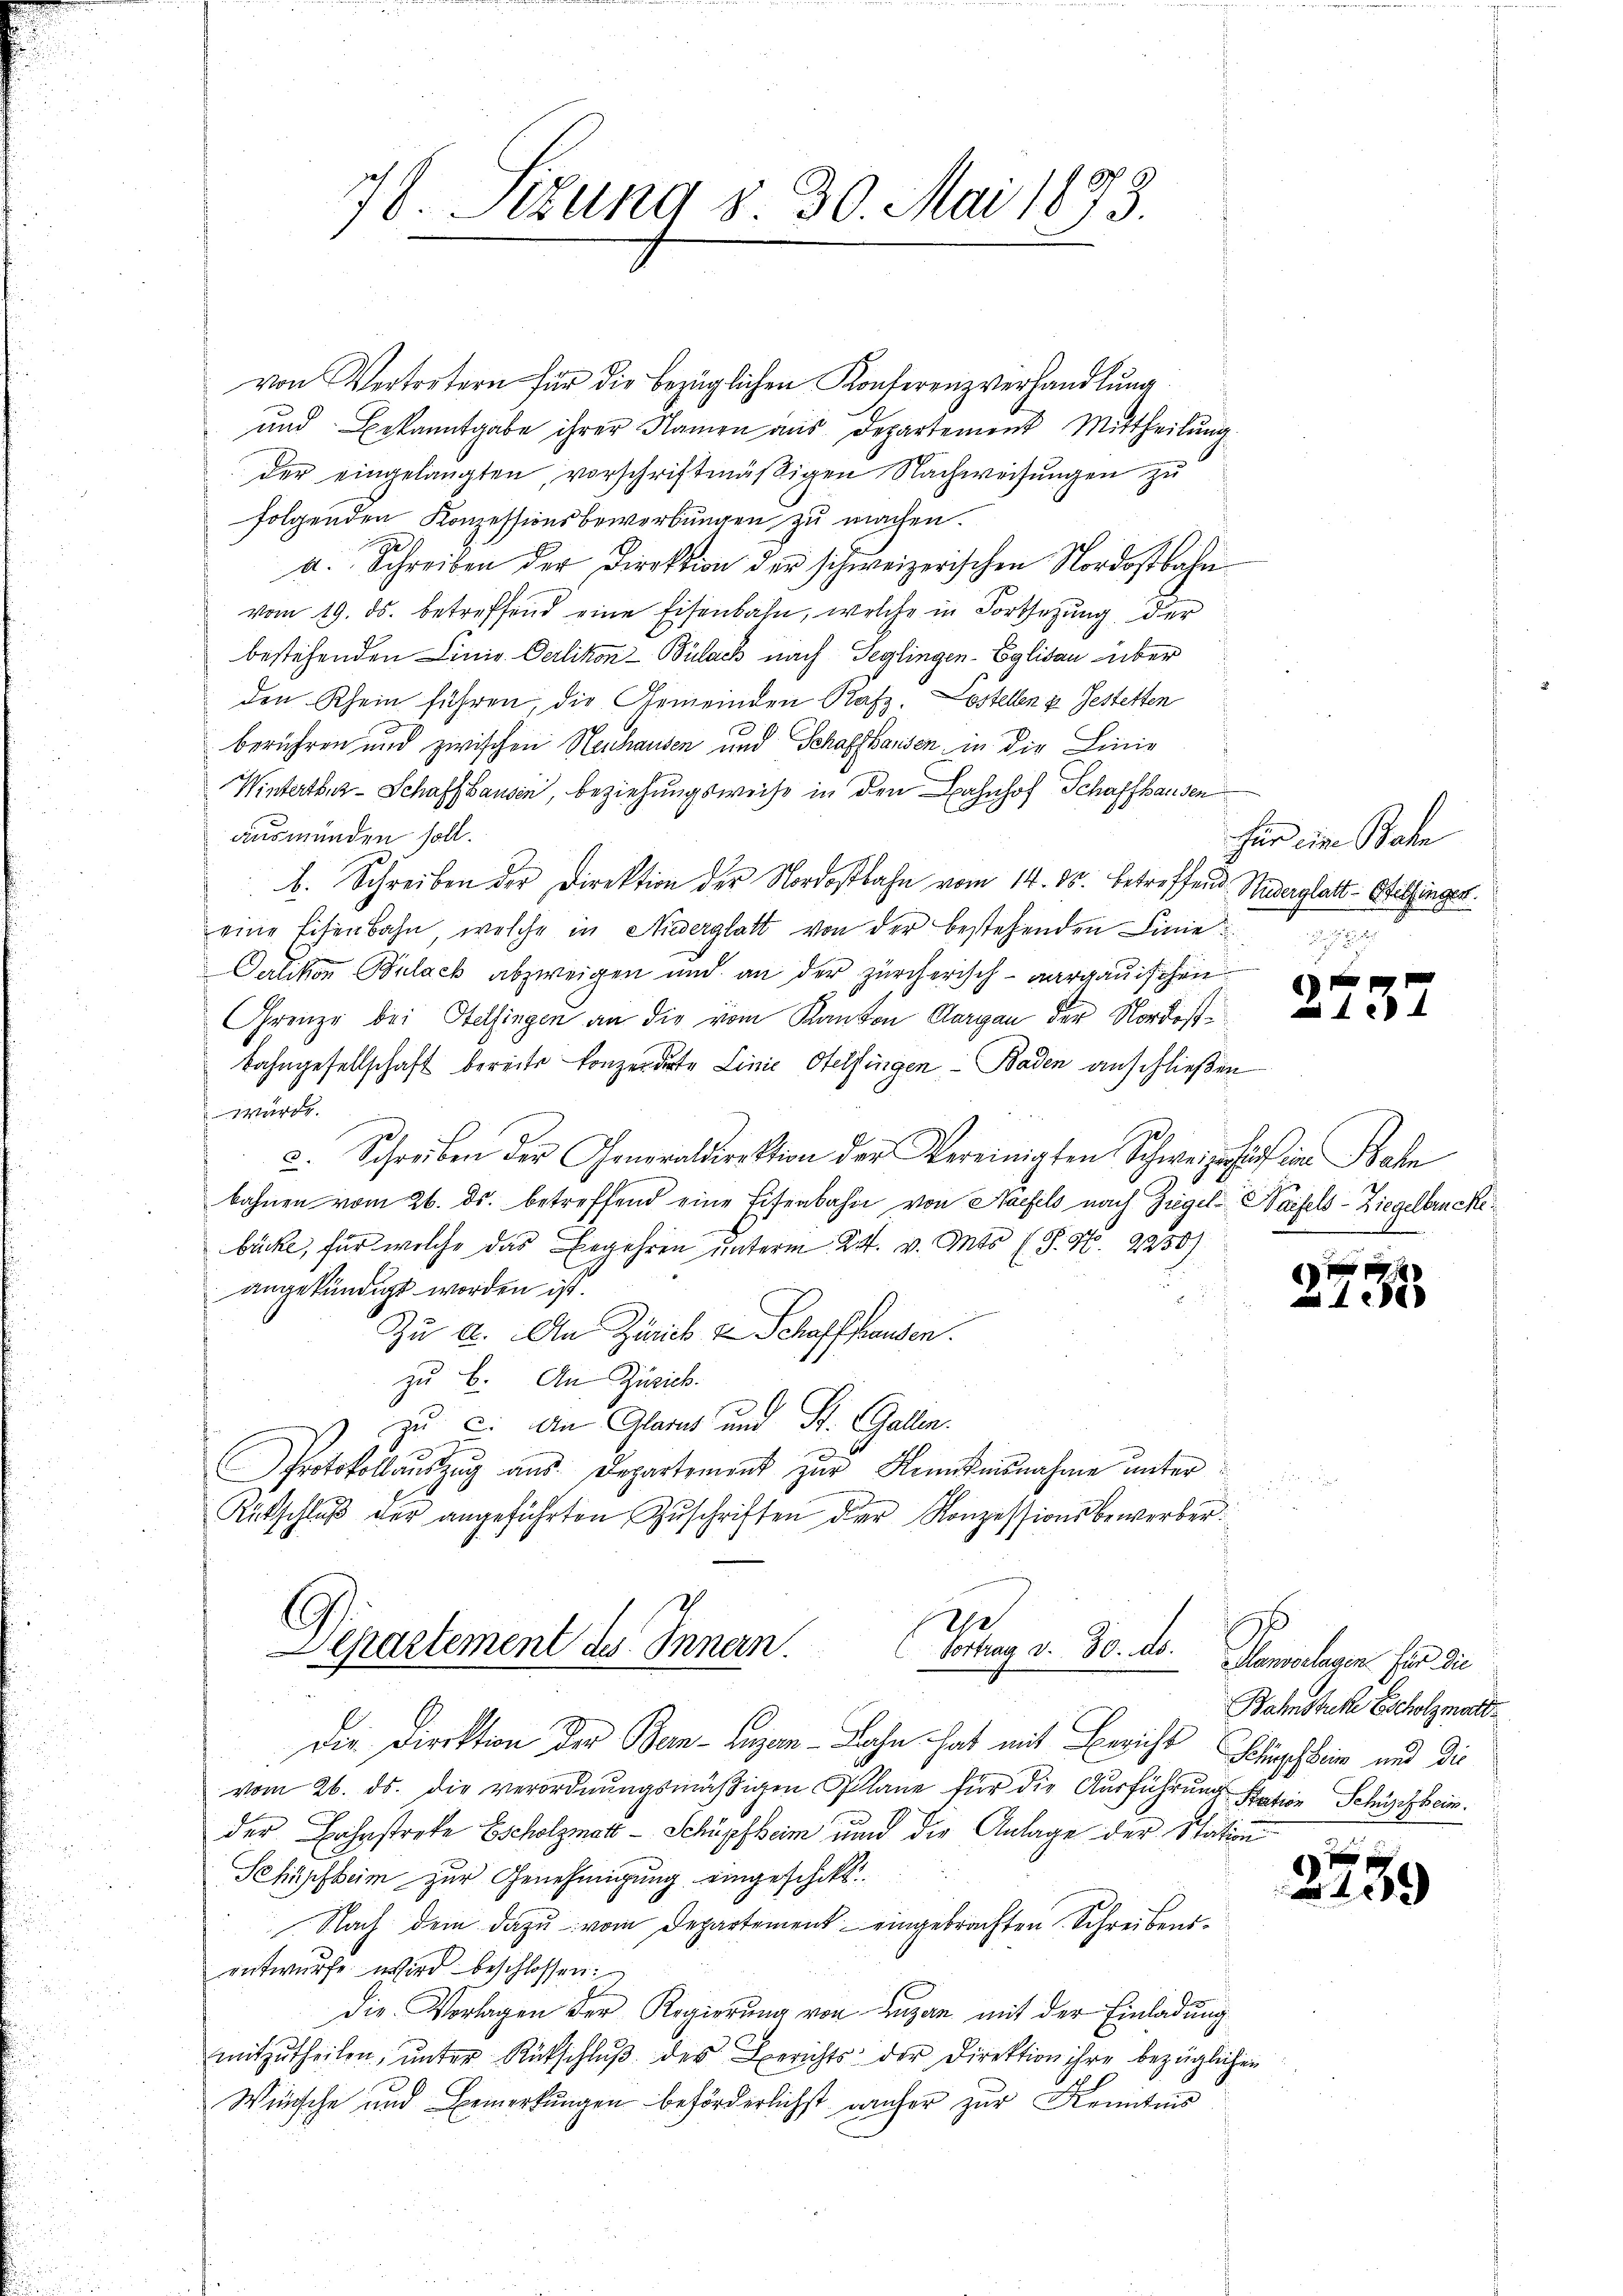
778. Itzung 8. 30. Mai 1873.

von Vertretern für die bezüglichen Konferenzverhandlung
und Bekanntgabe ihrer Namen aus Departement Mittheilŭng.
der eingelangten, vorschriftmäßigen Nachweisungen zu
folgenden Konzessionsbewerbungen zu machen.
a. Schreiben der Direktion der schweizerischen Nordostbahn
vom 19. ds. betreffend eine Eisenbahn, welche in Fortsetzung der
bestehenden Linie. Oerlikon-Bülach nach Teglingen-Eglisau über
den Rhein führen, die Gemeinden Rafz, Lostellen u. Gestetten
berühren und zwischen Neuhausen und Schaffhausen in die Linie
Wintertenz-Schaffhausen, beziehungsweise in den Bahnhof Schaffhausen
ausmünden soll.
b. Schreiben der Direktion der Nordostbahn vom 14. ds. betreffend Widerglatt - Hitzingen.
eine Eisenbahn, welche in Niederglatt von der bestehenden Linie
Oetikon Bulack abzweigen und an der zürcherisch- aargauischen
Grenze bei Otelfingen an die vom Kanton Aargau der Nordost¬
Bahngesellschaft bereits konzerdirte Linie Otelfingen - Baden anschließen
würde.
2. Schreiben der Generaldirektion der Vereinigten Schweizer auf in Bahn
bahnen vom 26. ds. betreffend eine Eisenbahn von Näfels nach Ziegel-Saifels-Ziegelbencke
bücke, für welche das Begehren unterm 24. v. Mts. (T. N. 2250)
angekündigt worden ist.
Zu a. An Zürich von Schaffhausen.
zu B. An Zürich.
zu 2. An Glarus und St. Gallen.
Protokollauszug aus Departement zur Kenntnisnahme unter
Rütschlŭβ der angeführten Zŭschriften der Konzessionsbewerber
2

Departement des Innern.
Vortrag v. 80. ds.

für ein Bahn

Die Direktion der Ban-Lugan-Bahn hat mit Bericht Schischein und die
vom 26. ds. die verordnŭngsmäβigen Plane für die Ausführung Station Schüpfheim.
der Bahnstreke Escholzmatt - Schüpfheim und die Anlage der Station
Schüpfheim zur Genehmigung eingeschikt
Nach dem dazu vom Departement eingebrachten Schreibensentwürfe wird beschlossen:
die Vorlagen der Regierung von Luzan mit der Einladung
mitzŭtheilen, ŭnter Rückschlŭβ des Berichts der Direktion ihre bezüglichen
Wünsche und Bemerkungen beförderlichst daher zur Kenntnis

132

188

Kanalen sie die
Bahnstuk Escholzmatt.

2259